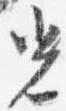
光